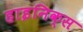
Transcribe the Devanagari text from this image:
हाइनिक्स